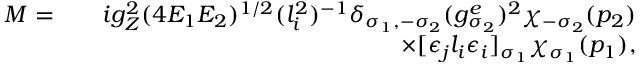
\begin{array} { r l r } { { \cal M } = } & { } & { i g _ { Z } ^ { 2 } ( 4 E _ { 1 } E _ { 2 } ) ^ { 1 / 2 } ( l _ { i } ^ { 2 } ) ^ { - 1 } \delta _ { \sigma _ { 1 } , - \sigma _ { 2 } } ( g _ { \sigma _ { 2 } } ^ { e } ) ^ { 2 } \chi _ { - \sigma _ { 2 } } ( p _ { 2 } ) } \\ & { } & { \times [ \epsilon _ { j } l _ { i } \epsilon _ { i } ] _ { \sigma _ { 1 } } \chi _ { \sigma _ { 1 } } ( p _ { 1 } ) , } \end{array}